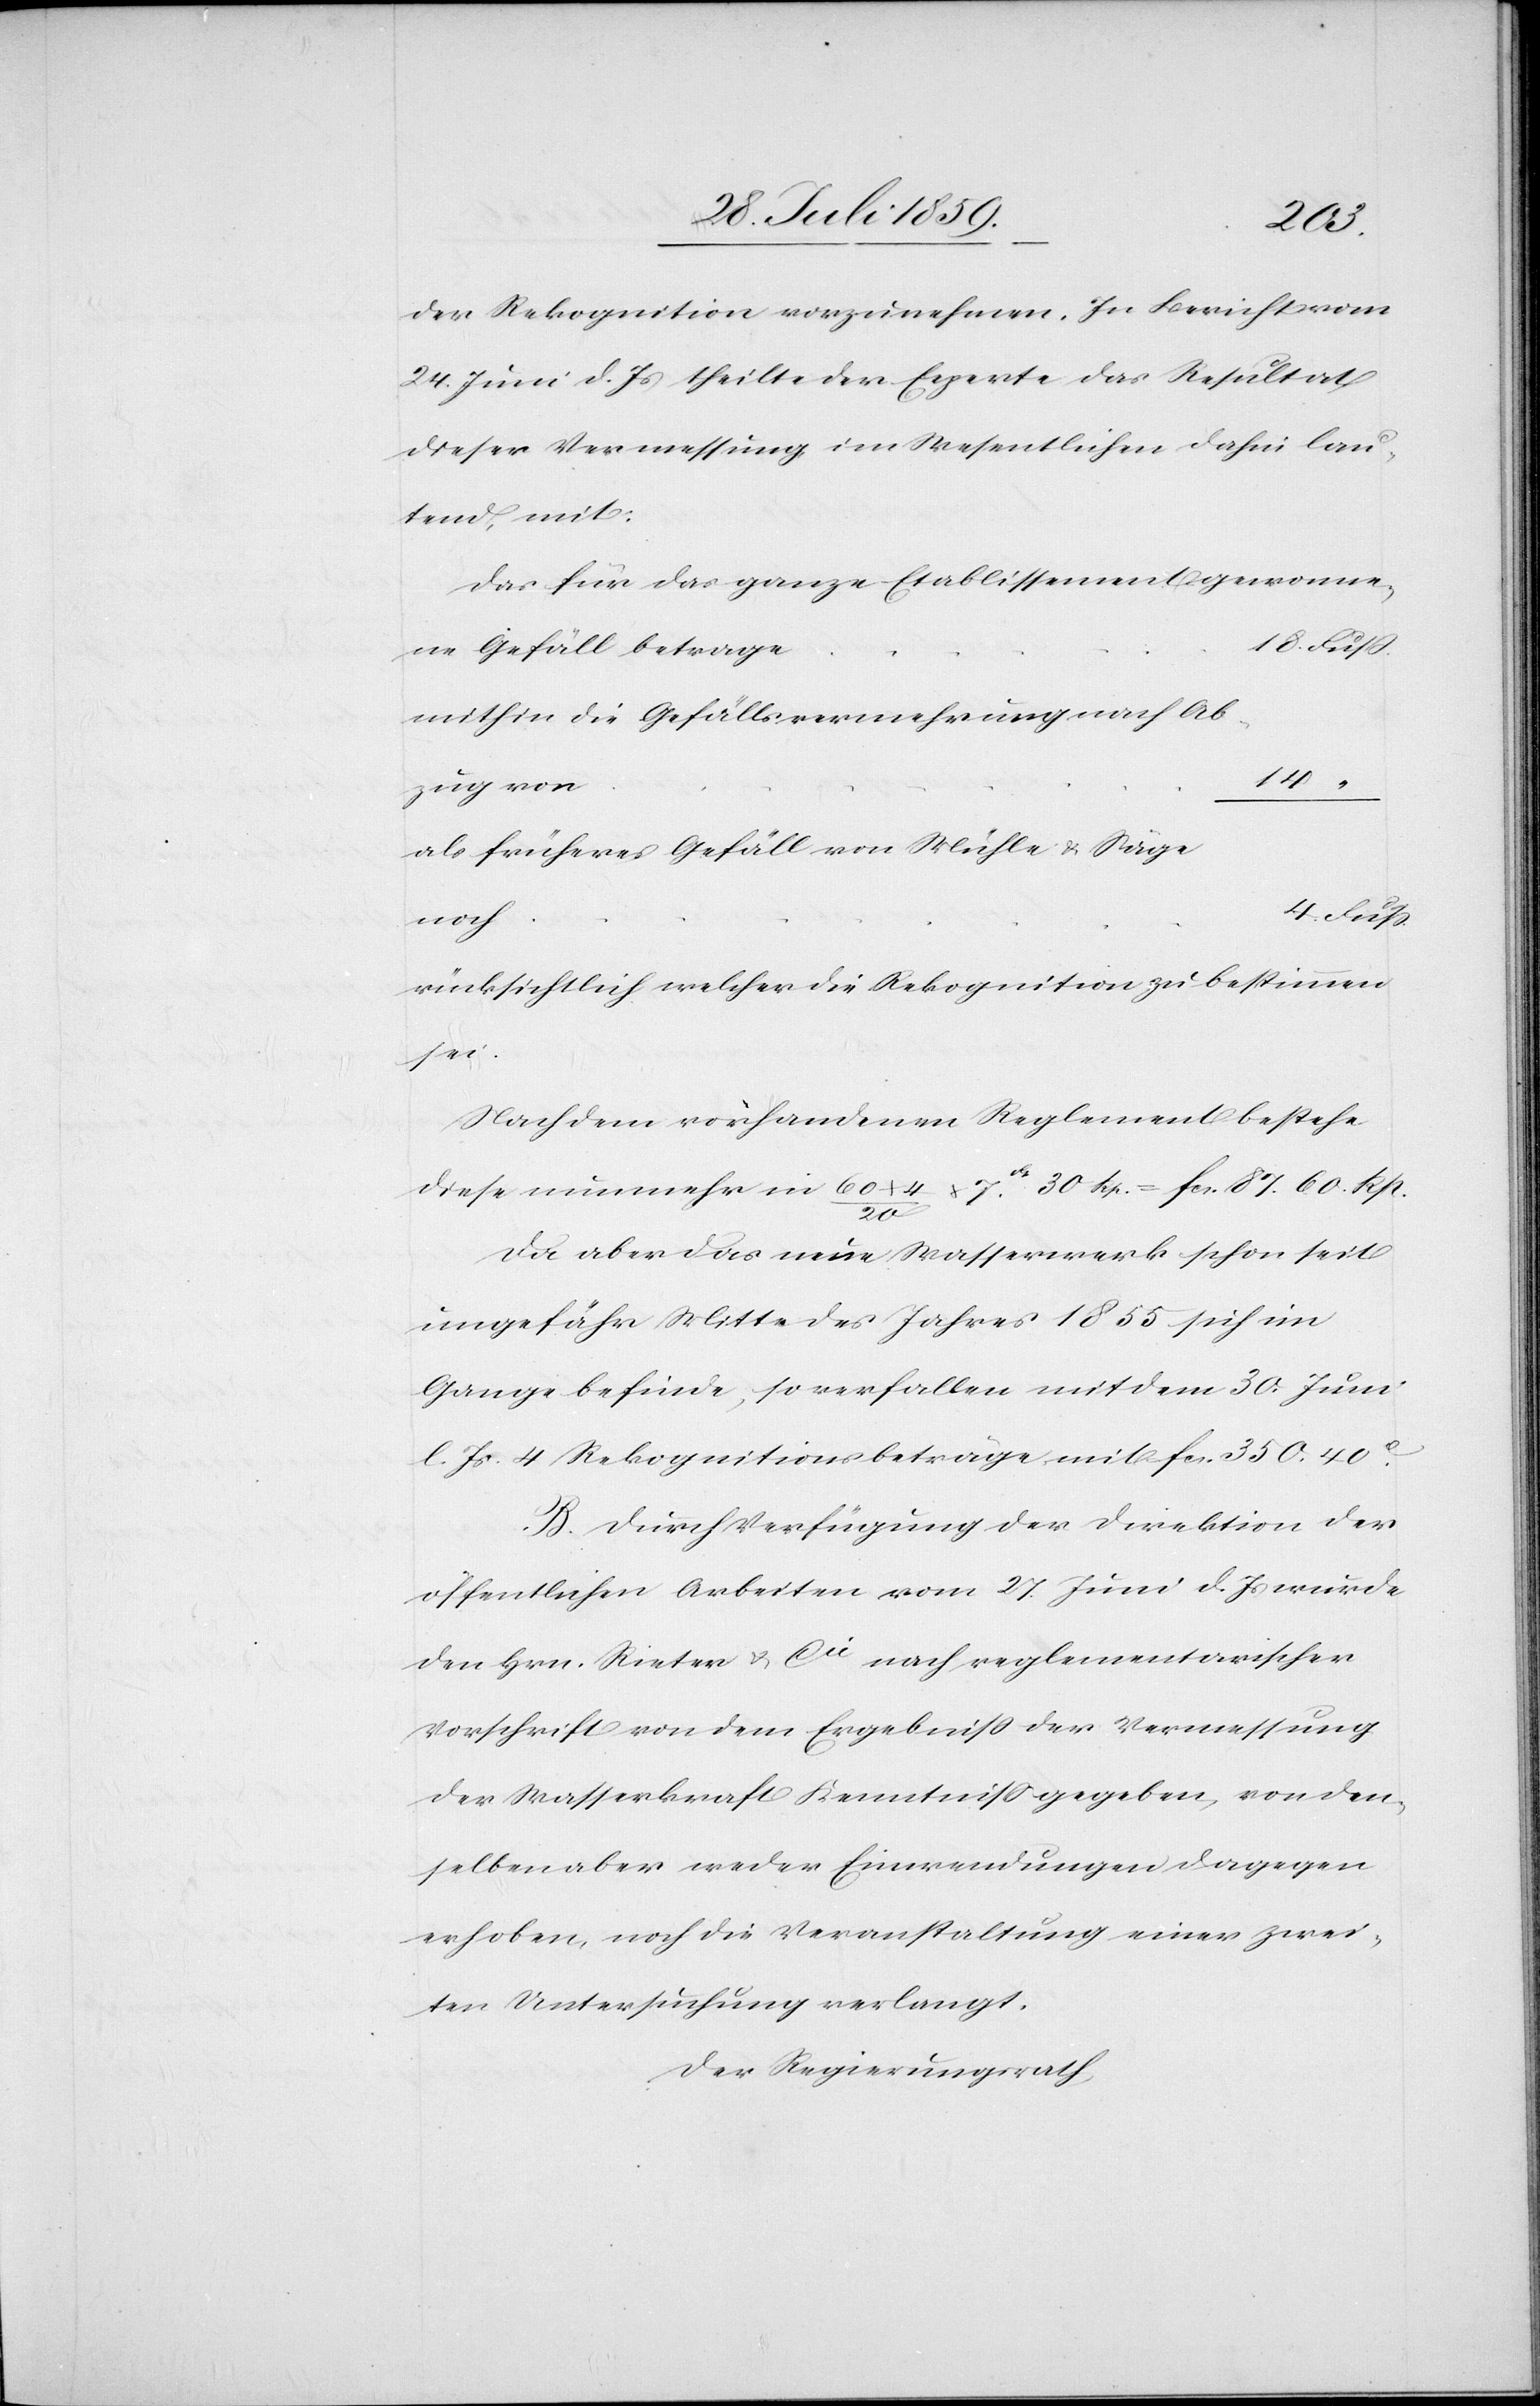
18.
der Rekognition vorzunehmen. In [sic!] Bericht vom
24. Juni d. Js. theilte der Experte das Resultat
dieser Vermessung im Wesentlichen dahin lau¬
tend, mit:
Das für das ganze Etablissement gewonne¬
ne Gefäll betrage
mithin die Gefällsvermehrung nach Ab¬
14.
zug von
noch
rücksichtlich welcher die Rekognition zu bestimmen
sei.
Nach dem vorhandenen Reglement bestehe
diese nunmehr in 60 x 4/20 x 7fr. 30 Rp. = fcs. 87. 60. Rp.
Da aber das neue Wasserwerk schon seit
ungefähr Mitte des Jahres 1855 sich im
Gange befinde, so verfallen mit dem 30. Juni
l. Js. 4 Rekognitionsbeträge mit fcs. 350. 40c.
B. Durch Verfügung der Direktion der
öffentlichen Arbeiten vom 27. Juni d. Js. wurde
den Hrn. Rieter & Cie. nach reglementarischer
Vorschrift von dem Ergebniß der Vermessung
der Wasserkraft Kenntniß gegeben, von den
selben aber weder Einwendungen dagegen
erhoben, noch die Veranstaltung einer zwei¬
ten Untersuchung verlangt.
Der Regierungsrath,